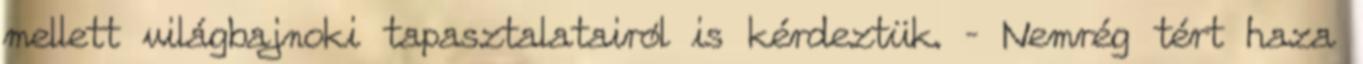
mellett világbajnoki tapasztalatairól is kérdeztük. – Nemrég tért haza